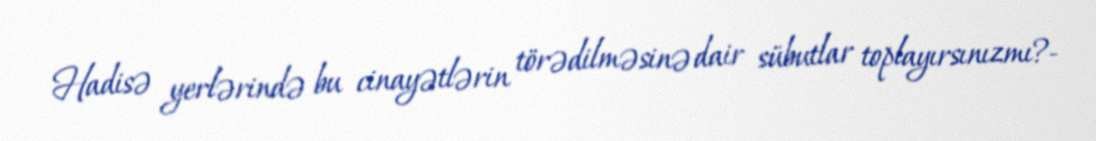
Hadisə yerlərində bu cinayətlərin törədilməsinə dair sübutlar toplayırsınızmı?-